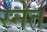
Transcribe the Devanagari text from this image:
स्नेत